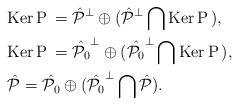
LaTeX: \begin{align*}&{\rm Ker\,}{\rm P\,}=\hat{\mathcal{P}}^\perp\oplus(\hat{\mathcal{P}}^\perp\bigcap{\rm Ker\,}{\rm P\,}),\\&{\rm Ker\,}{\rm P\,}=\hat{\mathcal{P}_0}^\perp\oplus(\hat{\mathcal{P}_0}^\perp\bigcap{\rm Ker\,}{\rm P\,}),\\&\hat{\mathcal{P}}=\hat{\mathcal{P}_0}\oplus(\hat{\mathcal{P}_0}^\perp\bigcap\hat{\mathcal{P}}).\end{align*}